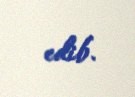
edib.